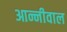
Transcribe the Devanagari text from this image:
आन्नीवाल